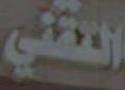
التقني